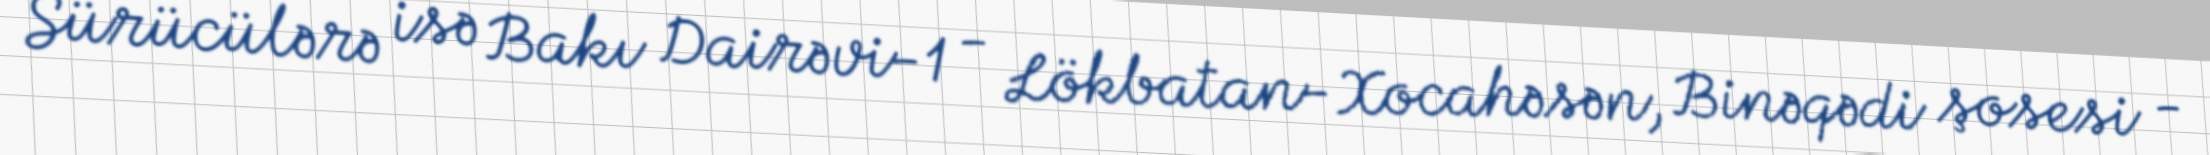
Sürücülərə isə Bakı Dairəvi-1 - Lökbatan-Xocahəsən, Binəqədi şosesi -